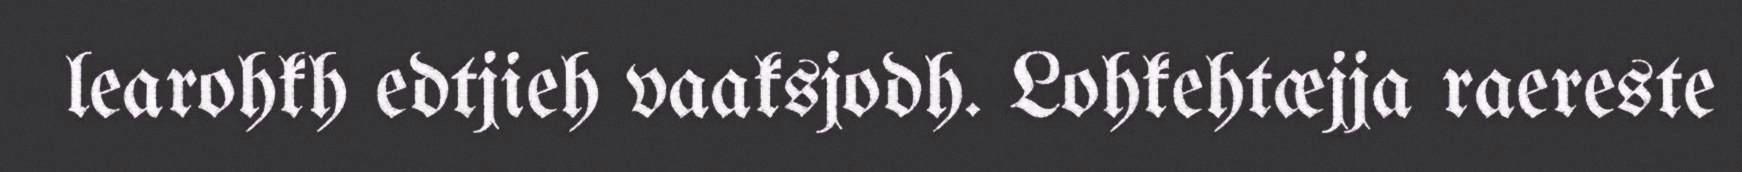
learohkh edtjieh vaaksjodh. Lohkehtæjja raereste